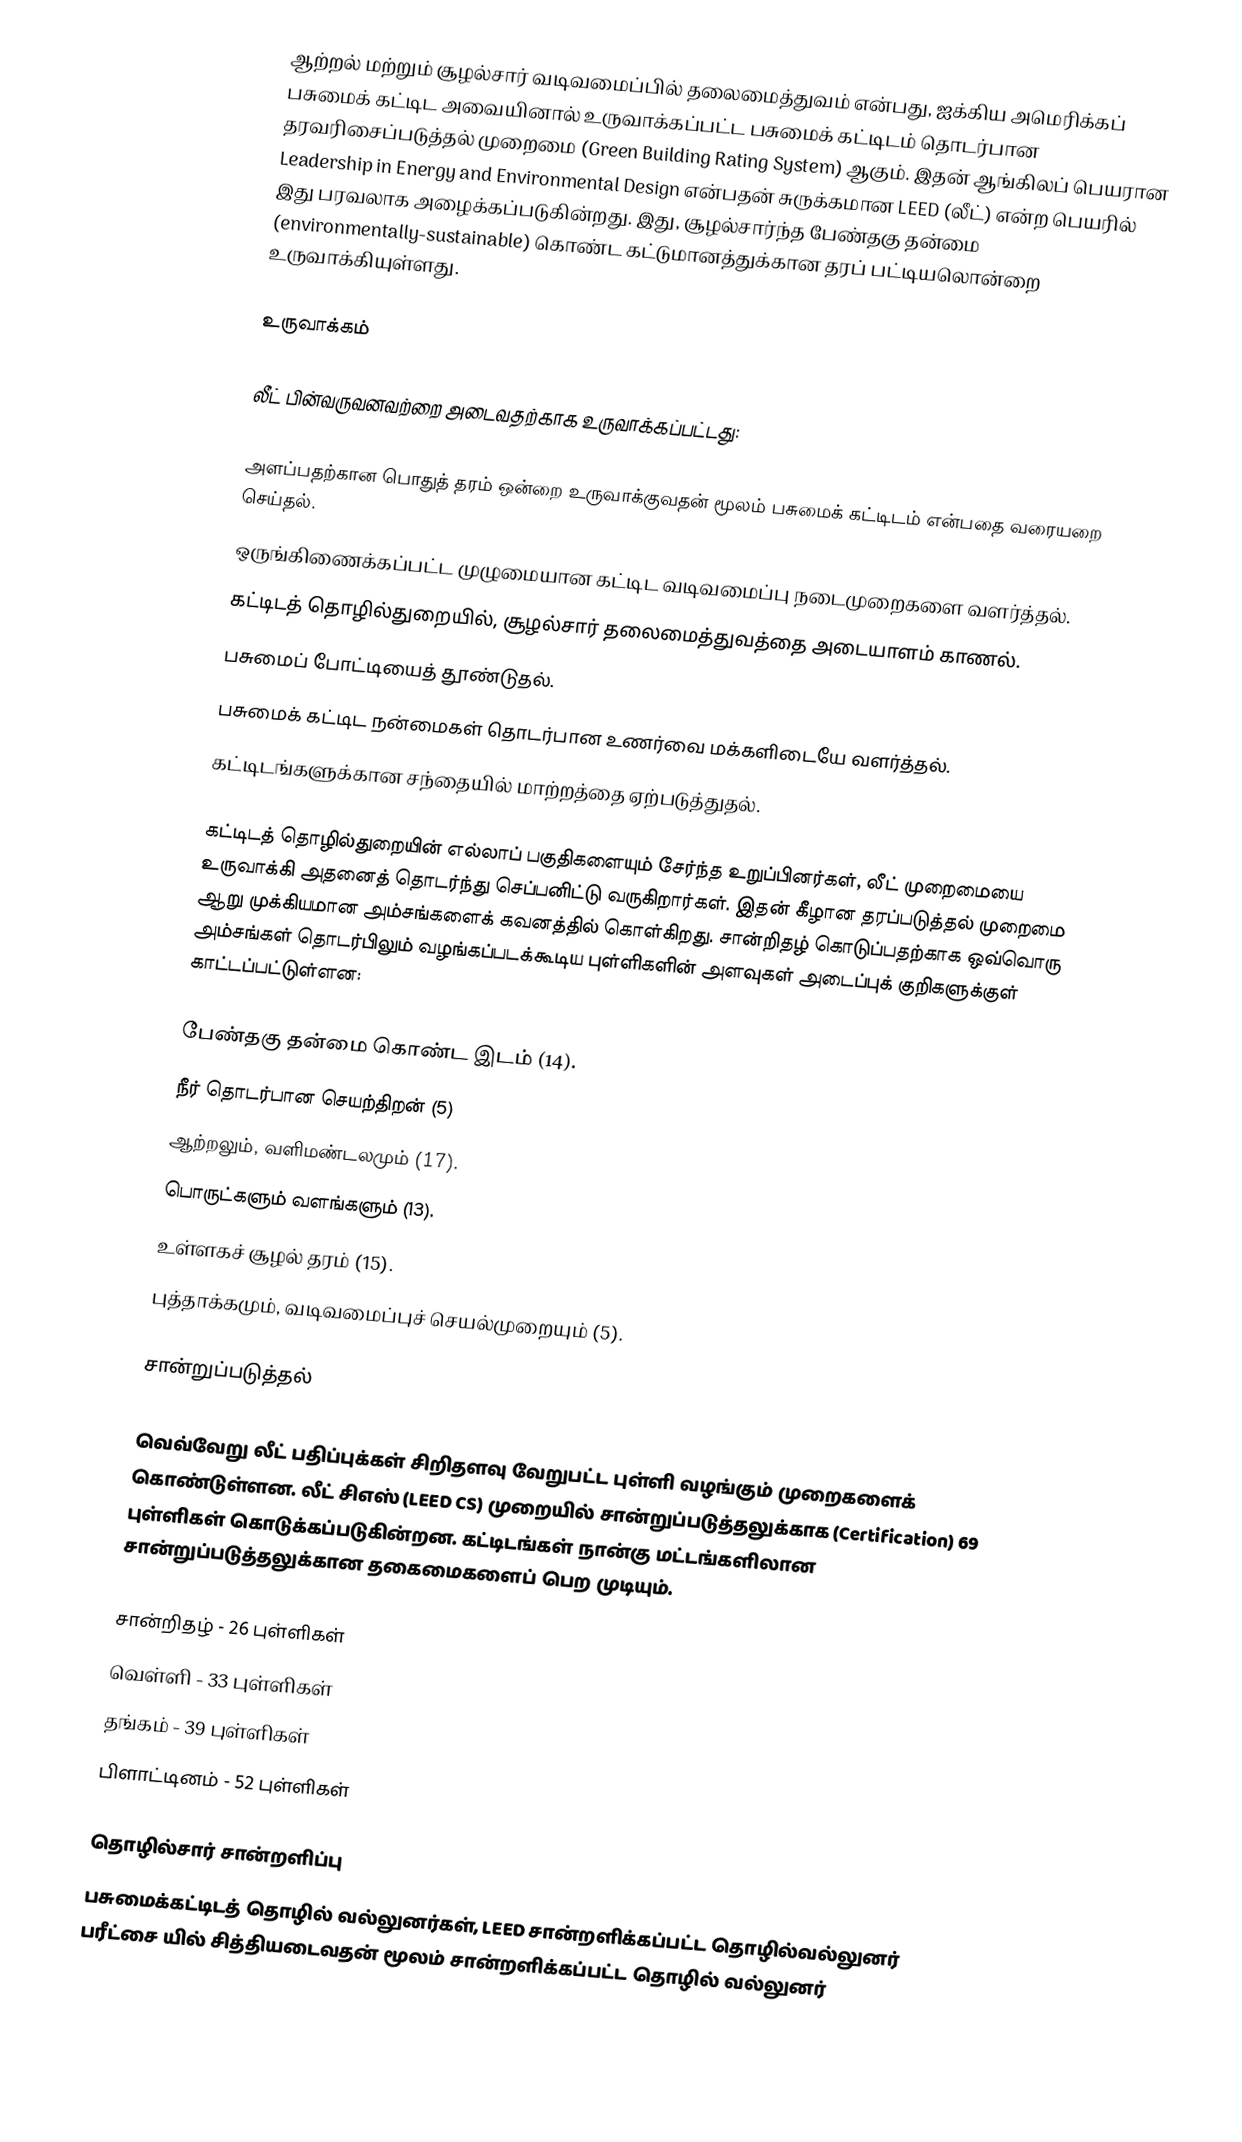
ஆற்றல் மற்றும் சூழல்சார் வடிவமைப்பில் தலைமைத்துவம் என்பது, ஐக்கிய அமெரிக்கப் பசுமைக் கட்டிட அவையினால் உருவாக்கப்பட்ட பசுமைக் கட்டிடம் தொடர்பான தரவரிசைப்படுத்தல் முறைமை (Green Building Rating System) ஆகும். இதன் ஆங்கிலப் பெயரான Leadership in Energy and Environmental Design என்பதன் சுருக்கமான  LEED (லீட்) என்ற பெயரில் இது பரவலாக அழைக்கப்படுகின்றது. இது, சூழல்சார்ந்த பேண்தகு தன்மை (environmentally-sustainable) கொண்ட கட்டுமானத்துக்கான தரப் பட்டியலொன்றை உருவாக்கியுள்ளது.

உருவாக்கம்

லீட் பின்வருவனவற்றை அடைவதற்காக உருவாக்கப்பட்டது:

 அளப்பதற்கான பொதுத் தரம் ஒன்றை உருவாக்குவதன் மூலம் பசுமைக் கட்டிடம் என்பதை வரையறை செய்தல்.
 ஒருங்கிணைக்கப்பட்ட முழுமையான கட்டிட வடிவமைப்பு நடைமுறைகளை வளர்த்தல்.
 கட்டிடத் தொழில்துறையில், சூழல்சார் தலைமைத்துவத்தை அடையாளம் காணல்.
 பசுமைப் போட்டியைத் தூண்டுதல்.
 பசுமைக் கட்டிட நன்மைகள் தொடர்பான உணர்வை மக்களிடையே வளர்த்தல்.
 கட்டிடங்களுக்கான சந்தையில் மாற்றத்தை ஏற்படுத்துதல்.

கட்டிடத் தொழில்துறையின் எல்லாப் பகுதிகளையும் சேர்ந்த உறுப்பினர்கள், லீட் முறைமையை உருவாக்கி அதனைத் தொடர்ந்து செப்பனிட்டு வருகிறார்கள். இதன் கீழான தரப்படுத்தல் முறைமை ஆறு முக்கியமான அம்சங்களைக் கவனத்தில் கொள்கிறது. சான்றிதழ் கொடுப்பதற்காக ஒவ்வொரு அம்சங்கள் தொடர்பிலும் வழங்கப்படக்கூடிய புள்ளிகளின் அளவுகள் அடைப்புக் குறிகளுக்குள் காட்டப்பட்டுள்ளன:

 பேண்தகு தன்மை கொண்ட இடம் (14).
 நீர் தொடர்பான செயற்திறன் (5)
 ஆற்றலும், வளிமண்டலமும் (17).
 பொருட்களும் வளங்களும் (13).
 உள்ளகச் சூழல் தரம் (15).
 புத்தாக்கமும், வடிவமைப்புச் செயல்முறையும் (5).

சான்றுப்படுத்தல்

வெவ்வேறு லீட் பதிப்புக்கள் சிறிதளவு வேறுபட்ட புள்ளி வழங்கும் முறைகளைக் கொண்டுள்ளன. லீட் சிஎஸ் (LEED CS) முறையில் சான்றுப்படுத்தலுக்காக (Certification) 69 புள்ளிகள் கொடுக்கப்படுகின்றன. கட்டிடங்கள் நான்கு மட்டங்களிலான சான்றுப்படுத்தலுக்கான தகைமைகளைப் பெற முடியும்.

 சான்றிதழ் - 26 புள்ளிகள்
 வெள்ளி - 33 புள்ளிகள்
 தங்கம் - 39 புள்ளிகள்
 பிளாட்டினம் - 52 புள்ளிகள்

தொழில்சார் சான்றளிப்பு
பசுமைக்கட்டிடத் தொழில் வல்லுனர்கள்,  LEED சான்றளிக்கப்பட்ட தொழில்வல்லுனர் பரீட்சை யில் சித்தியடைவதன் மூலம் சான்றளிக்கப்பட்ட தொழில் வல்லுனர்